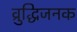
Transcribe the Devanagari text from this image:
व्रुद्धिजनक